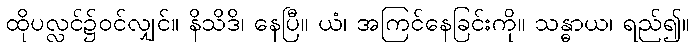
ထိုပလ္လင်၌ဝင်လျှင်။ နိသိဒိ၊ နေပြီ။ ယံ၊ အကြင်နေခြင်းကို။ သန္ဓာယ၊ ရည်၍။